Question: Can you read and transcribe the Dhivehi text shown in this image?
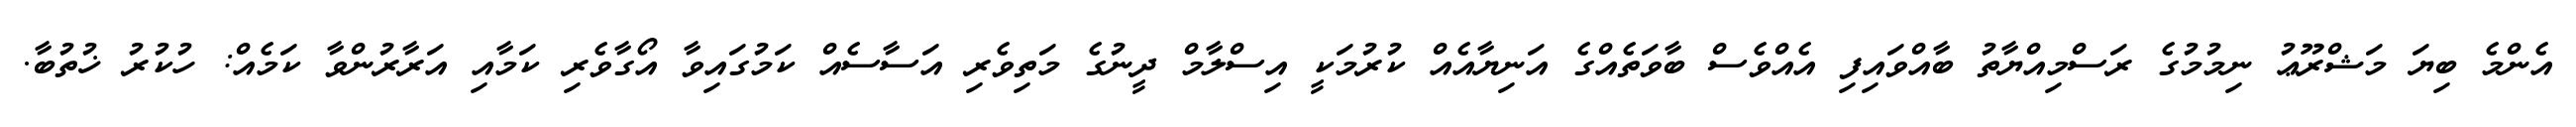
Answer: އެންމެ ބިޔަ މަޝްރޫޢު ނިމުމުގެ ރަސްމިއްޔާތު ބާއްވައިފި އެއްވެސް ބާވަތެއްގެ އަނިޔާއެއް ކުރުމަކީ އިސްލާމް ދީނުގެ މަތިވެރި އަސާސެއް ކަމުގައިވާ އޯގާވެރި ކަމާއި އަރާރުންވާ ކަމެއް: ހުކުރު ޚުތުބާ.